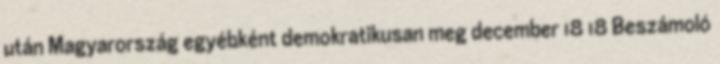
után Magyarország egyébként demokratikusan meg december 18 18 Beszámoló